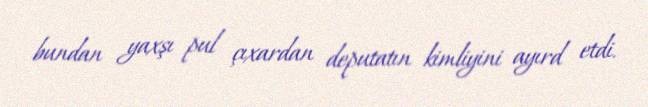
bundan yaxşı pul çıxardan deputatın kimliyini ayırd etdi.